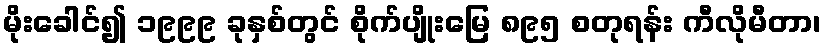
မိုးခေါင်၍ ၁၉၉၉ ခုနှစ်တွင် စိုက်ပျိုးမြေ ၈၉၅ စတုရန်း ကီလိုမီတာ၊